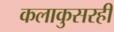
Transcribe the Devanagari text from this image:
कलाकुसरही